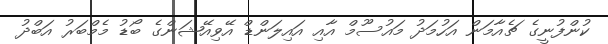
ކުންފުނީގެ ޗެއާމަން އަހުމަދު މައުސޫމް އާއި އައިލަންޑް އޭވިއޭޝަންގެ ބޯޑު މެމްބަރު އަބްދު